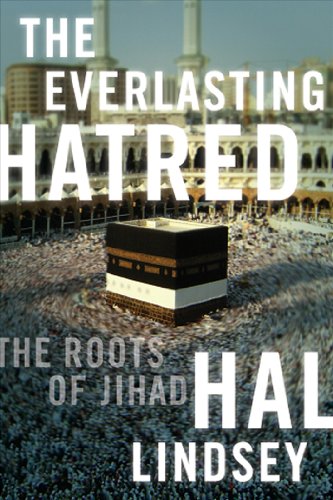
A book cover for The Everlasting Hatred: The Roots of Jihad; Hal Lindsey; Christian Books & Bibles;